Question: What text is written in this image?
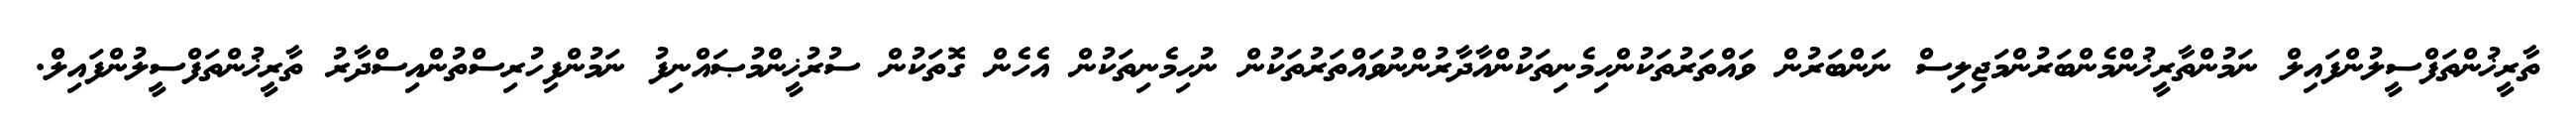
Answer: ތާރީޚުންތަފްސީލުންފައިލް ނަމުންތާރީޚުންމެންބަރުންމަޖިލިސް ނަންބަރުން ވައްތަރުތަކުންހިމެނިތަކުންއާދާރުންނުވައްތަރުތަކުން ނުހިމެނިތަކުން އެހެން ގޮތަކުން ސުރުޚީންމުޞައްނިފު ނަމުންފިހުރިސްތުންއިސްދާރު ތާރީޚުންތަފްސީލުންފައިލް.